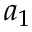
a _ { 1 }